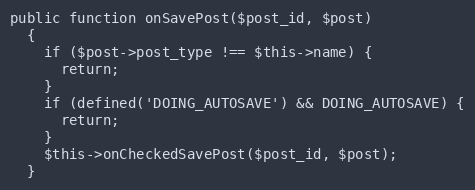
Language: PHP
public function onSavePost($post_id, $post)
  {
    if ($post->post_type !== $this->name) {
      return;
    }
    if (defined('DOING_AUTOSAVE') && DOING_AUTOSAVE) {
      return;
    }
    $this->onCheckedSavePost($post_id, $post);
  }